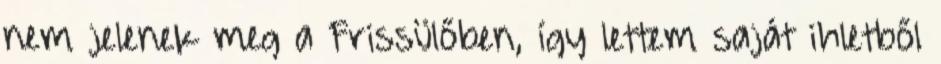
nem jelenek meg a Frissülőben, így lettem saját ihletből